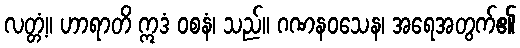
လတ္တံ့။ ဟာရာတိ ဣဒံ ဝစနံ၊ သည်။ ဂဏနဝသေန၊ အရေအတွက်၏